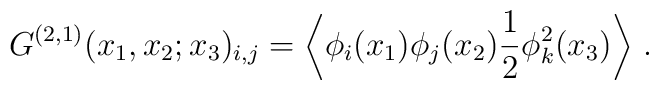
G^{(2,1)}(x_1,x_2;x_3)_{i,j}=\left\langle {\phi}_i(x_1) {\phi}_j(x_2)\frac{1}{2} {\phi}_k^2(x_3) \right\rangle \, .